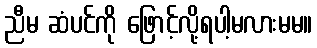
ညီမ ဆံပင်ကို ဖြောင့်လို့ရပါ့မလားမမ။